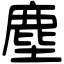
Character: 塵